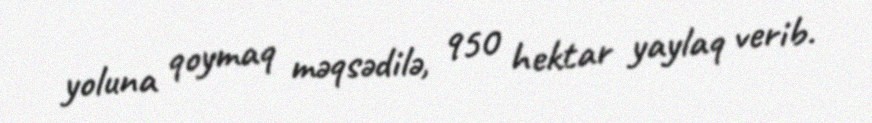
yoluna qoymaq məqsədilə, 950 hektar yaylaq verib.